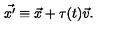
\vec { x ^ { \prime } } \equiv \vec { x } + \tau ( t ) \vec { v } .